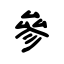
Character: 參